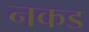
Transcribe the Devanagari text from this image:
नकड